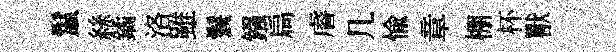
鬣絲鐍洛雖鬟鏹扃𥈠几愉章棚杯獸